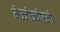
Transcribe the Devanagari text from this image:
मेज्जोज्योरनो